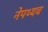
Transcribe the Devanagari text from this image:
नेपथ्यच